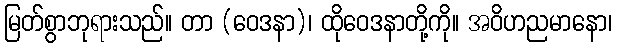
မြတ်စွာဘုရားသည်။ တာ (ဝေဒနာ)၊ ထိုဝေဒနာတို့ကို။ အဝိဟညမာနော၊